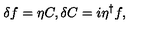
\delta f = \eta C , \delta C = i \eta ^ { \dag } f ,